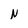
Character: N